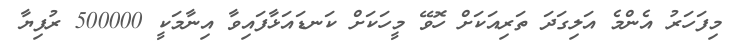
މިފަހަރު އެންމެ އަލިގަދަ ތަރިއަކަށް ހޮވޭ މީހަކަށް ކަނޑައަޅާފައިވާ އިނާމަކީ 500000 ރުފިޔާ